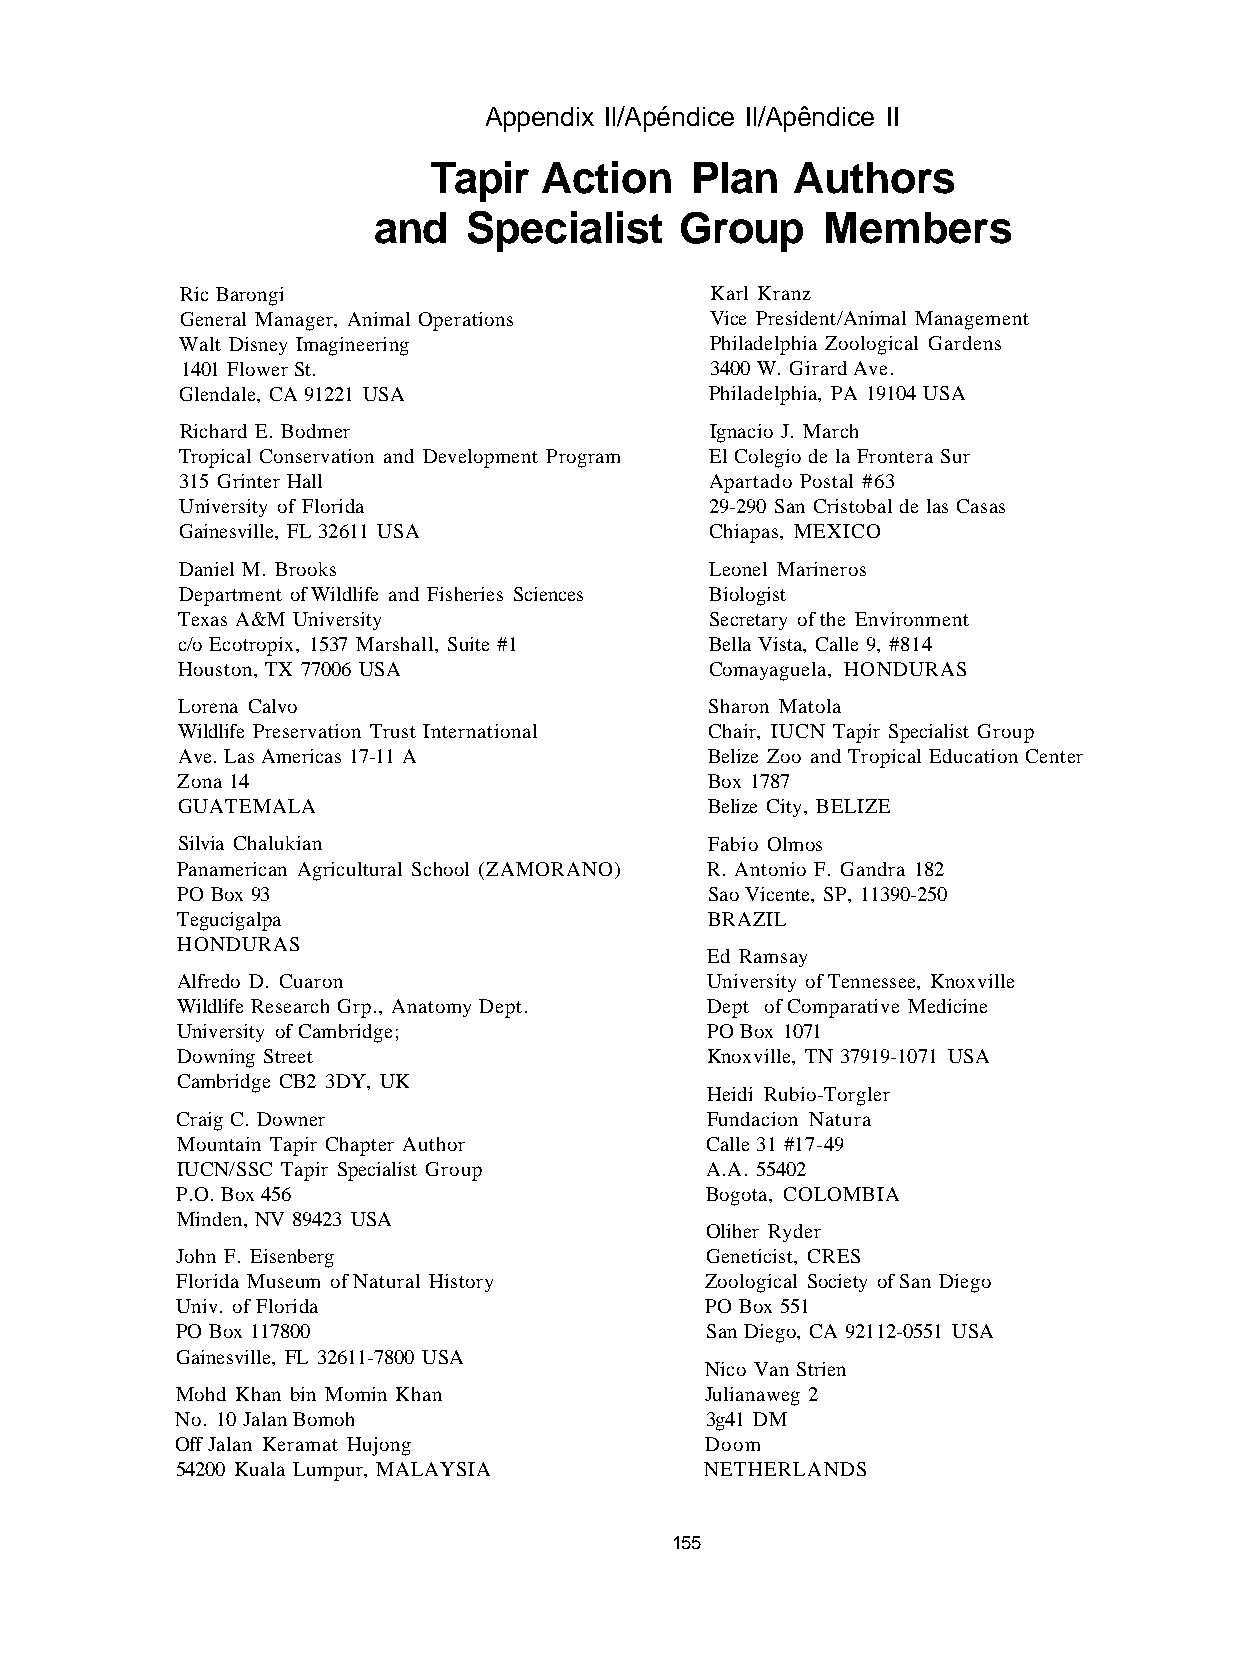
Appendix Il/Apéndice Il/Apêndice II
 Tapir   Action    Plan   Authors
 and   Specialist    Group     Members
 Ric Barongi                        Karl Kranz
 General Manager, Animal Operations Vice President/Animal Management
 Walt Disney Imagineering           Philadelphia Zoological Gardens
 1401 Flower St.                    3400 W. Girard Ave.
 Glendale, CA 91221 USA             Philadelphia, PA 19104 USA
 Richard E. Bodmer                  Ignacio J. March
 Tropical Conservation and Development Program El Colegio de la Frontera Sur
 315 Grinter Hall                   Apartado Postal #63
 University of Florida              29-290 San Cristobal de las Casas
 Gainesville, FL 32611 USA          Chiapas, MEXICO
 Daniel M. Brooks                   Leonel Marineros
 Department of Wildlife and Fisheries Sciences Biologist
 Texas A&M University               Secretary of the Environment
 c/o Ecotropix, 1537 Marshall, Suite #1 Bella Vista, Calle 9, #814
 Houston, TX 77006 USA              Comayaguela, HONDURAS
 Lorena Calvo                       Sharon Matola
 Wildlife Preservation Trust International Chair, IUCN Tapir Specialist Group
 Ave. Las Americas 17-11 A          Belize Zoo and Tropical Education Center
 Zona 14                            Box 1787
 GUATEMALA                          Belize City, BELIZE
 Silvia Chalukian                   Fabio Olmos
 Panamerican Agricultural School (ZAMORANO) R. Antonio F. Gandra 182
 PO Box 93                          Sao Vicente, SP, 11390-250
 Tegucigalpa                        BRAZIL
 HONDURAS
 Ed Ramsay
 Alfredo D. Cuaron                  University of Tennessee, Knoxville
 Wildlife Research Grp., Anatomy Dept. Dept of Comparative Medicine
 University of Cambridge;           PO Box 1071
 Downing Street                     Knoxville, TN 37919-1071 USA
 Cambridge CB2 3DY, UK
 Heidi Rubio-Torgler
 Craig C. Downer                    Fundacion Natura
 Mountain Tapir Chapter Author      Calle 31 #17-49
 IUCN/SSC Tapir Specialist Group    A.A. 55402
 P.O. Box 456                       Bogota, COLOMBIA
 Minden, NV 89423 USA
 Oliher Ryder
 John F. Eisenberg                  Geneticist, CRES
 Florida Museum of Natural History  Zoological Society of San Diego
 Univ. of Florida                   PO Box 551
 PO Box 117800                      San Diego, CA 92112-0551 USA
 Gainesville, FL 32611-7800 USA
 Nico Van Strien
 Mohd Khan bin Momin Khan           Julianaweg 2
 No. 10 Jalan Bomoh                 3g41 DM
 Off Jalan Keramat Hujong           Doom
 54200 Kuala Lumpur, MALAYSIA       NETHERLANDS
 155